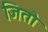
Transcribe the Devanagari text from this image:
जितो